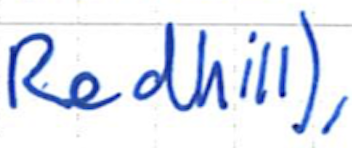
Text: Redhill),
Cross-out: clean
Writing tool: ballpoint